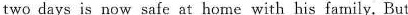
two days is now safe at home with his family. But